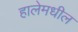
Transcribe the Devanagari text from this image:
हालेमधील